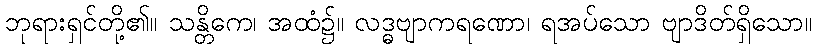
ဘုရားရှင်တို့၏။ သန္တိကေ၊ အထံ၌။ လဒ္ဓဗျာကရဏော၊ ရအပ်သော ဗျာဒိတ်ရှိသော။